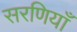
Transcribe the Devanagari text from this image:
सरणियाँ